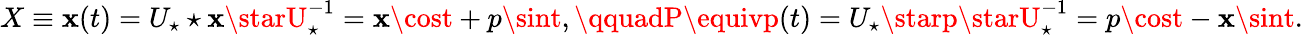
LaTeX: X\equiv\mathbf{x}(t)=U_{\star}\star\mathbf{x}\starU_{\star}^{-1}=\mathbf{x}\cost+p\sint,\qquadP\equivp(t)=U_{\star}\starp\starU_{\star}^{-1}=p\cost-\mathbf{x}\sint.